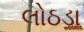
લોઠડા